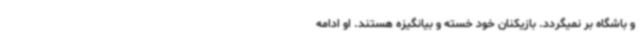
و باشگاه بر نمیگردد. بازیکنان خود خسته و بیانگیزه هستند. او ادامه